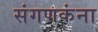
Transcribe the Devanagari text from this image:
संगणकंना